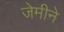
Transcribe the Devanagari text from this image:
जेमीने